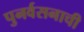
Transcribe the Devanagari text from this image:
पुनर्वसनाची